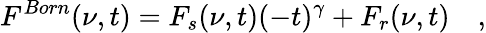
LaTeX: F^{Born}(\nu,t)=F_{s}(\nu,t)(-t)^{\gamma}+F_{r}(\nu,t)\quad,